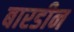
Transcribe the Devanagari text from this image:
बारडीन